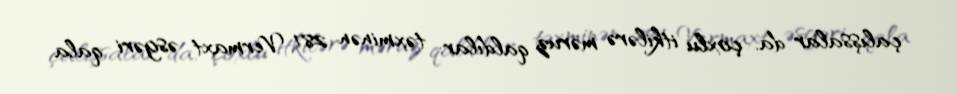
çalışsalar da, çoxlu itkilərə məruz qaldılar: təxminən 281 Vermaxt əsgəri qala